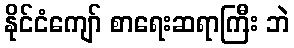
နိုင်ငံကျော် စာရေးဆရာကြီး ဘဲ